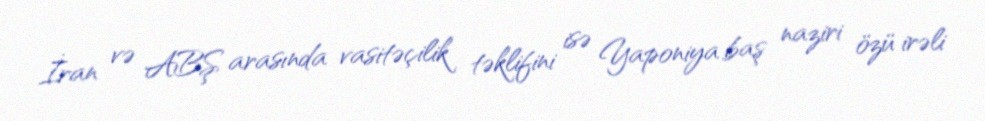
İran və ABŞ arasında vasitəçilik təklifini isə Yaponiya baş naziri özü irəli